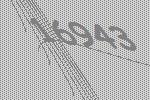
16943